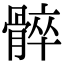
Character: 𩩠